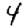
Digit: 4